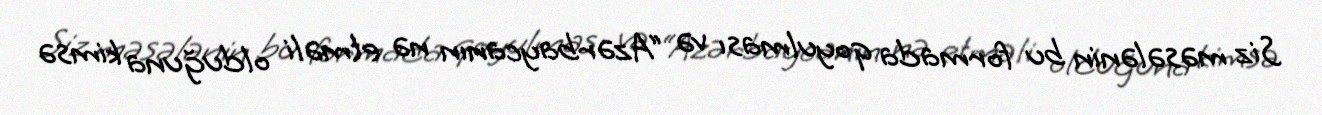
Siz məsələnin bu formada qoyulması və “Azərbaycanın nə etməli olduğuna kimsə